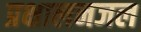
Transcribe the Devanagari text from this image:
प्रक्षालनजल